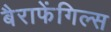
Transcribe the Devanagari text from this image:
बैराफेंगिल्स